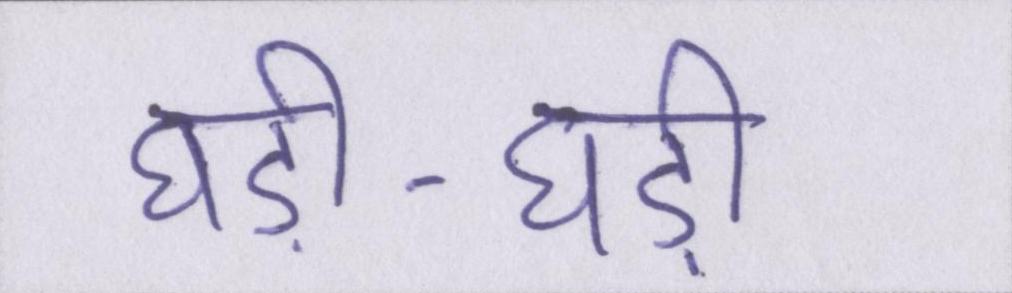
घड़ी-घड़ी